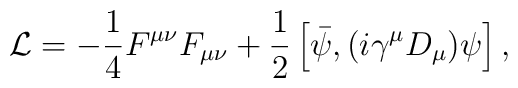
{\cal L}=-\frac{1}{4}F^{\mu\nu}F_{\mu\nu}+\frac{1}{2}\left[\bar{\psi}, (i\gamma^{\mu}D_{\mu})\psi\right],